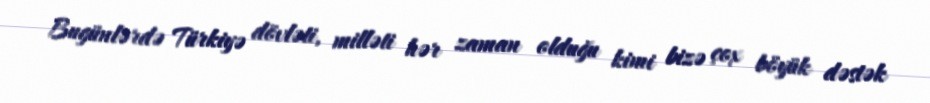
Bugünlərdə Türkiyə dövləti, milləti hər zaman olduğu kimi bizə çox böyük dəstək